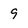
Character: 9